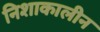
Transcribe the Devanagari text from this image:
निशाकालीन